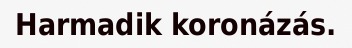
Harmadik koronázás.